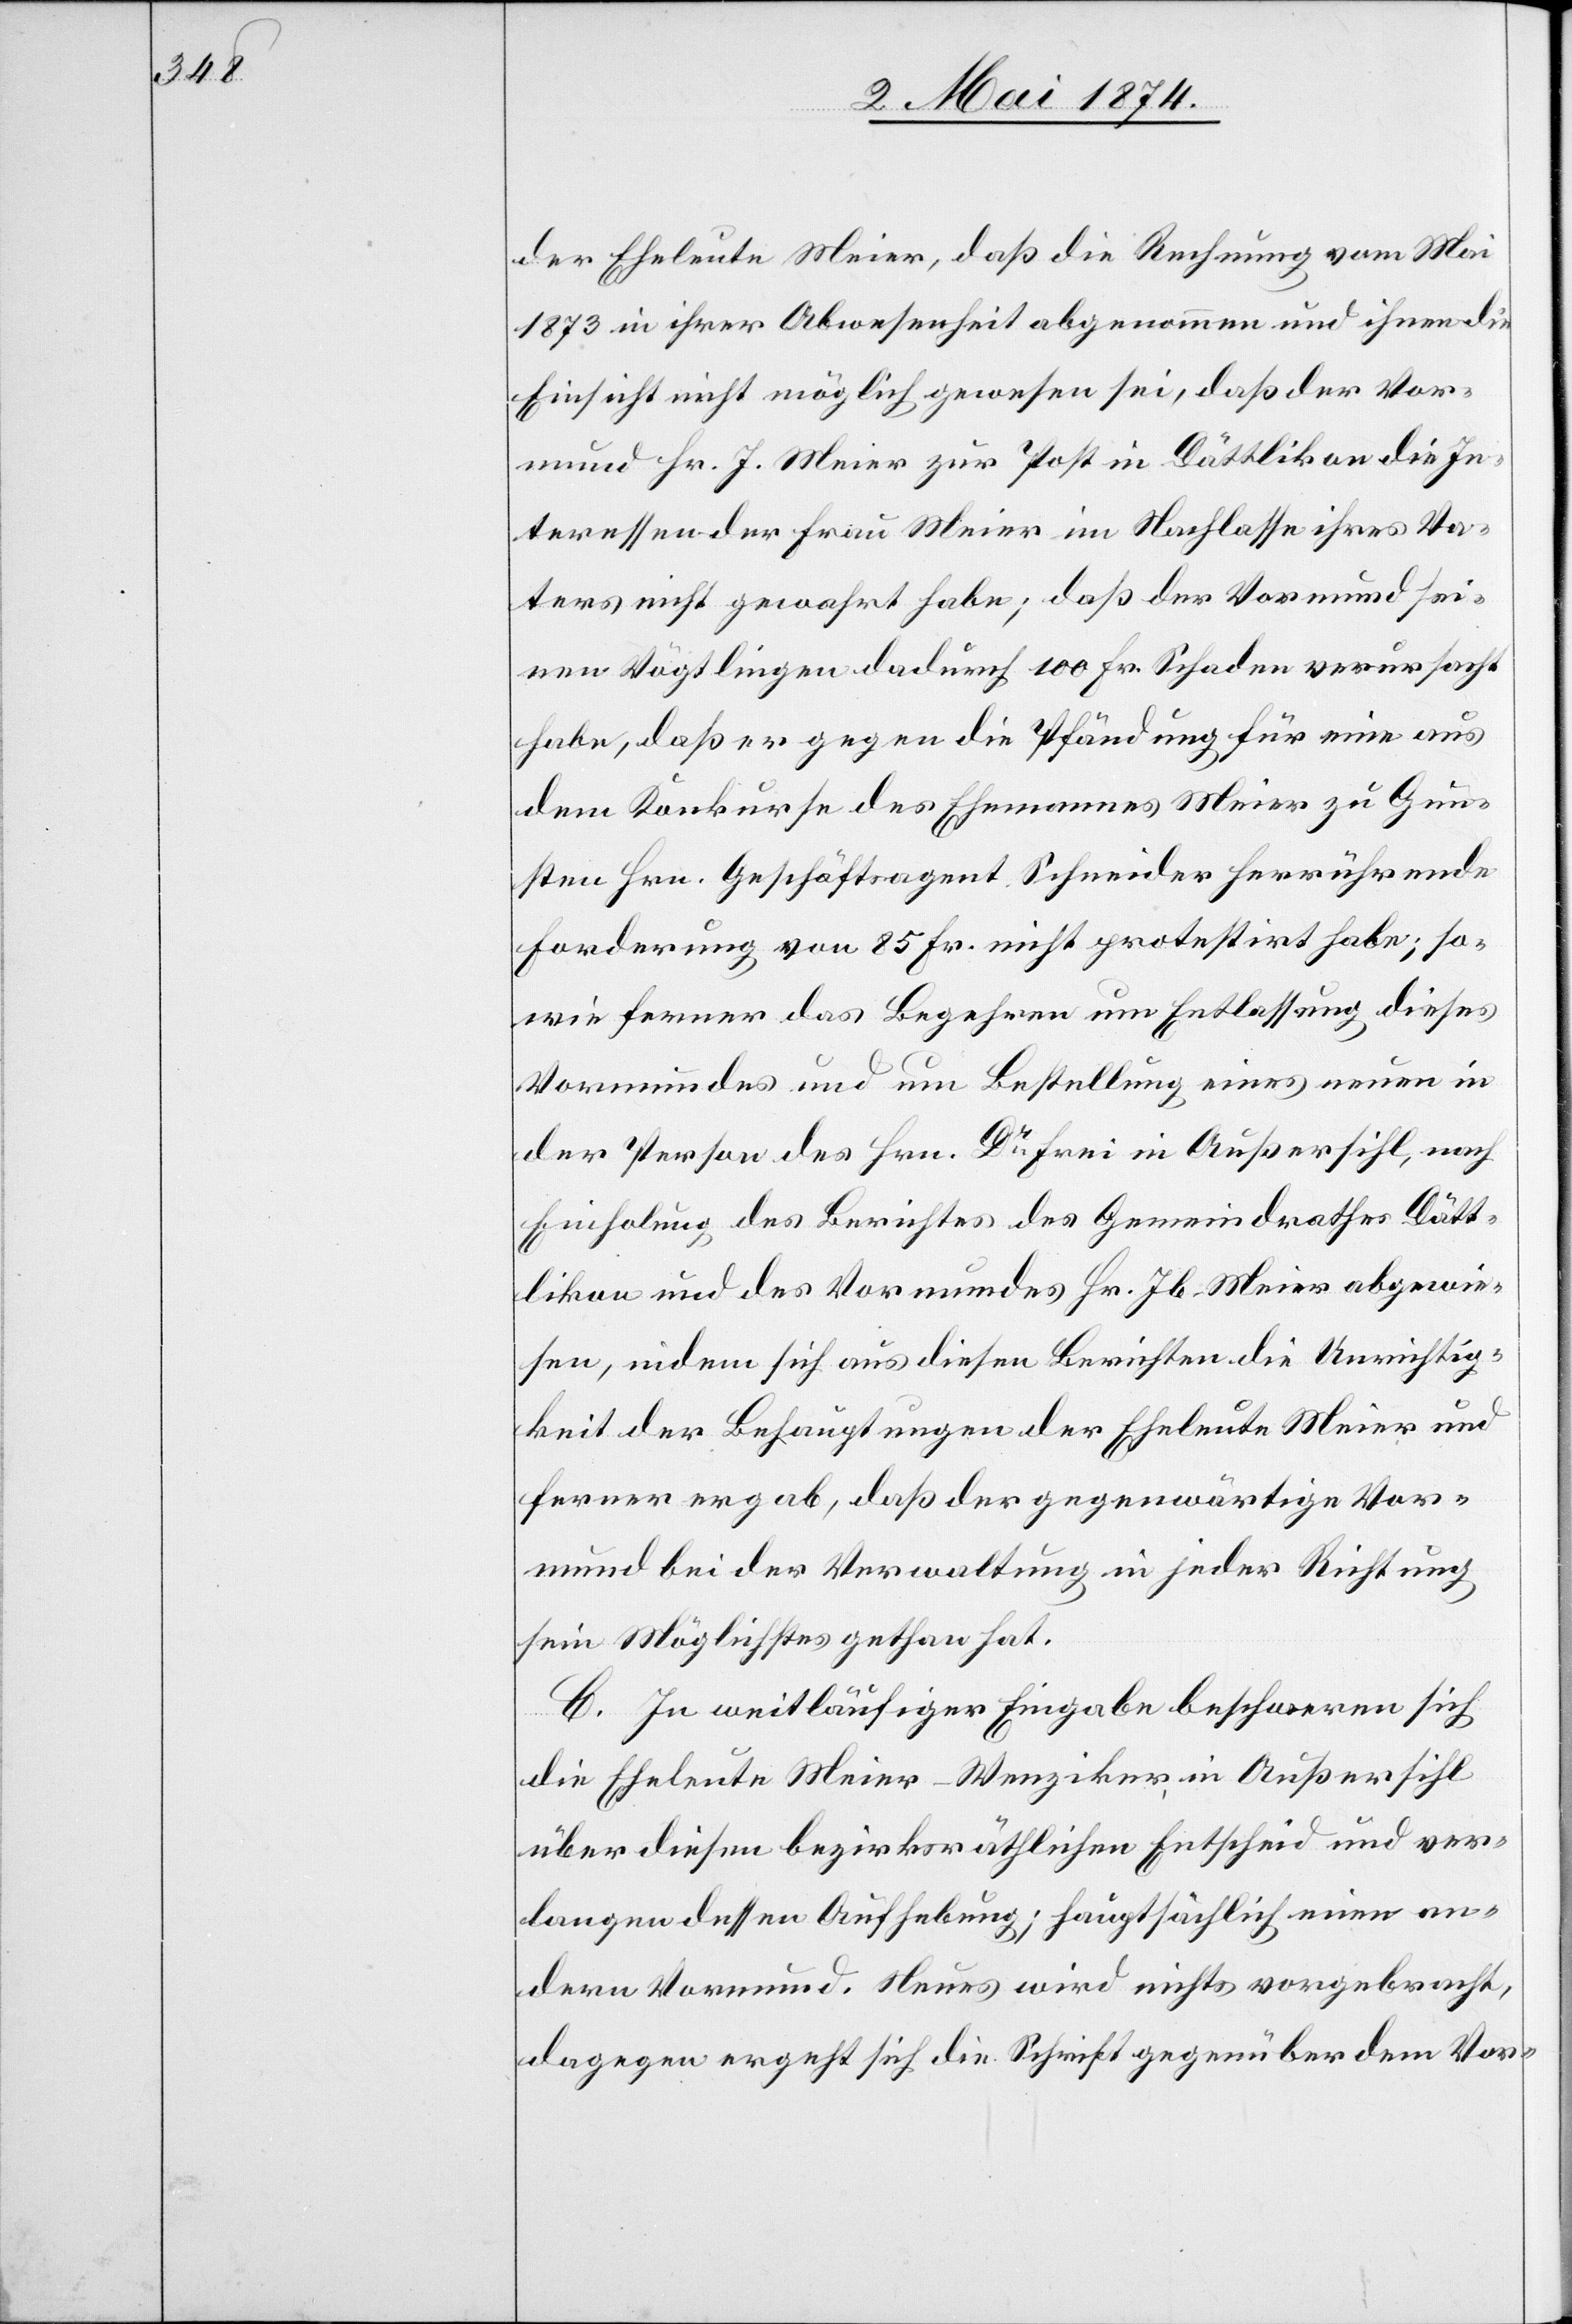
der Eheleute Meier, daß die Rechnung vom Mai
1873 in ihrer Abwesenheit abgenommen und ihnen die
Einsicht nicht möglich gewesen sei, daß der Vor¬
mund Hr. J. Meier zur Post in Dättlikon die In¬
teressen der Frau Meier im Nachlasse ihres Va¬
ters nicht gewahrt habe; daß der Vormund sei¬
nen Vögtlingen dadurch 100 Fr. Schaden verursacht
habe, daß er gegen die Pfändung für eine aus
dem Konkurse des Ehemannes Meier zu Gun¬
sten Hrn. Geschäftsagent Schneider herrührende
Forderung von 85 Fr. nicht protestirt habe; so¬
wie ferner das Begehren um Entlassung dieses
Vormundes und um Bestellung eines neuen in
der Person des Hrn. Dr Frei in Außersihl, nach
Einholung des Berichtes des Gemeindrathes Dätt¬
likon und des Vormundes Hr. Jb. Meier abgewie¬
sen, indem sich aus diesen Berichten die Unrichtig¬
keit der Behauptungen der Eheleute Meier und
ferner ergab, daß der gegenwärtige Vor¬
mund bei der Verwaltung in jeder Richtung
sein Möglichstes gethan hat.
B. In weitläufiger Eingabe beschweren sich
die Eheleute Meier-Wenziker, in Außersihl
über diesen bezirksräthlichen Entscheid und ver¬
langen dessen Aufhebung; hauptsächlich einen an¬
dern Vormund. Neues wird nichts vorgebracht,
dagegen ergeht sich die Schrift gegenüber dem Vor-